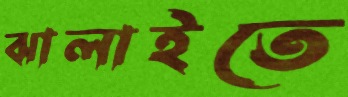
ঝালাইতে